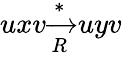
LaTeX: uxv{\xrightarrow[{R}]{*}}uyv